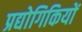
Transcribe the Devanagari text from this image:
प्रद्योगिकियों